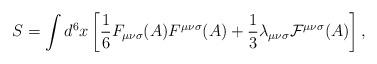
LaTeX: \begin{align*}S=\int d^{6}x\left[{\frac 1 6}F_{{\mu}{\nu}{\sigma}}(A)F^{{\mu}{\nu}{\sigma}}(A)+{\frac 1 3}{\lambda}_{{\mu}{\nu}{\sigma}}{\cal F}^{{\mu}{\nu}{\sigma}}(A)\right],\end{align*}